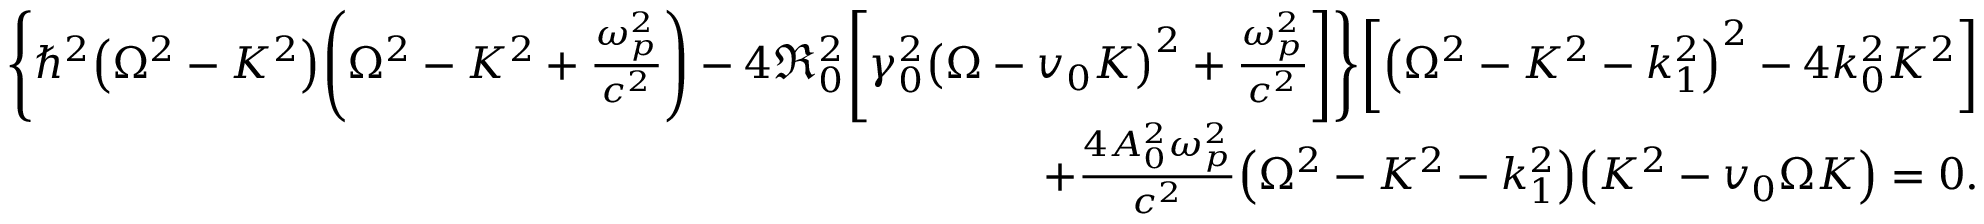
\begin{array} { r } { { \left\{ \hbar ^ { 2 } { \left( \Omega ^ { 2 } - K ^ { 2 } \right) } { \left( \Omega ^ { 2 } - K ^ { 2 } + { \frac { \omega _ { p } ^ { 2 } } { c ^ { 2 } } } \right) } - 4 { \mathfrak R } _ { 0 } ^ { 2 } { \left[ \gamma _ { 0 } ^ { 2 } { \left( \Omega - v _ { 0 } K \right) } ^ { 2 } + { \frac { \omega _ { p } ^ { 2 } } { c ^ { 2 } } } \right] } \right\} } { \left[ { \left( \Omega ^ { 2 } - K ^ { 2 } - k _ { 1 } ^ { 2 } \right) } ^ { 2 } - 4 k _ { 0 } ^ { 2 } K ^ { 2 } \right] } } \\ { + { \frac { 4 A _ { 0 } ^ { 2 } \omega _ { p } ^ { 2 } } { c ^ { 2 } } } { \left( \Omega ^ { 2 } - K ^ { 2 } - k _ { 1 } ^ { 2 } \right) } { \left( K ^ { 2 } - v _ { 0 } \Omega K \right) } = 0 . } \end{array}